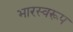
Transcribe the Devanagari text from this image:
भारस्वरूप